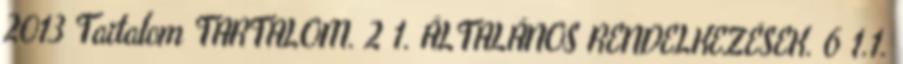
2013 Tartalom TARTALOM. 2 1. ÁLTALÁNOS RENDELKEZÉSEK. 6 1.1.